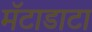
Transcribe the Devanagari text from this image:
मॅटाडाटा